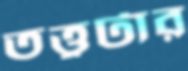
তত্ত্বটার